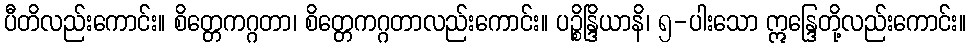
ပီတိလည်းကောင်း။ စိတ္တေကဂ္ဂတာ၊ စိတ္တေကဂ္ဂတာလည်းကောင်း။ ပဉ္စိန္ဒြိယာနိ၊ ၅-ပါးသော ဣန္ဒြေတို့လည်းကောင်း။